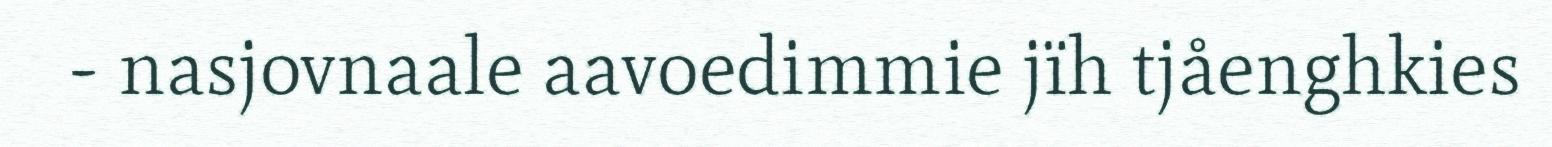
- nasjovnaale aavoedimmie jïh tjåenghkies